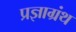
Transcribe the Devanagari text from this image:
प्रज्ञाग्रंथ